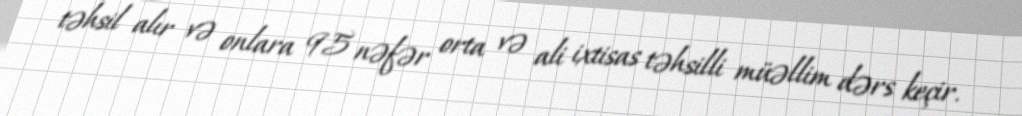
təhsil alır və onlara 95 nəfər orta və ali ixtisas təhsilli müəllim dərs keçir.